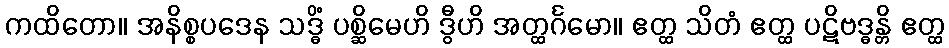
ကထိတော။ အနိစ္စပဒေန သဒ္ဓိံ ပစ္ဆိမေဟိ ဒွီဟိ အတ္ထင်္ဂမော။ ဧတ္ထ သိတံ ဧတ္ထ ပဋိဗဒ္ဓန္တိ ဧတ္ထ